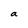
Character: a